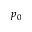
p _ { 0 }